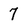
Character: 7